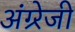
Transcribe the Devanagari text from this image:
अंग्र्रेजी